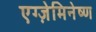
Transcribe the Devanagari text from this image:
एग्ज़ेमिनेष्ण